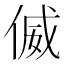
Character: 𠋘